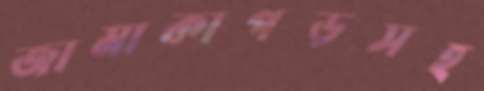
জামাকাপড়সহ